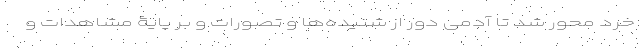
خرد محور شد تا آدمی دور از شنیده‌ها و تصورات و بر پایۀ مشاهدات و